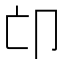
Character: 𠨑